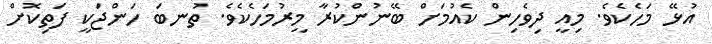
އުޅޭ މަހެކެވެ. މިއީ ދިވެހިން ކެއުމަށް ބޭނުންކުރާ މީރުމަހެކެވެ. ތުނބަ ހަންޖަކީ ފަތިކޮށް